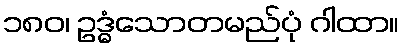
၁၈၀၊ ဥဒ္ဓံသောတမည်ပုံ ဂါထာ။